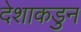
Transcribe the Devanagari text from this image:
देशाकडुन